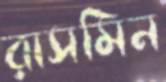
রাসমিন